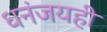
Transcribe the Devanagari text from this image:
धनंजयही